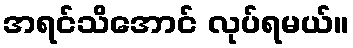
အရင်သိအောင် လုပ်ရမယ်။